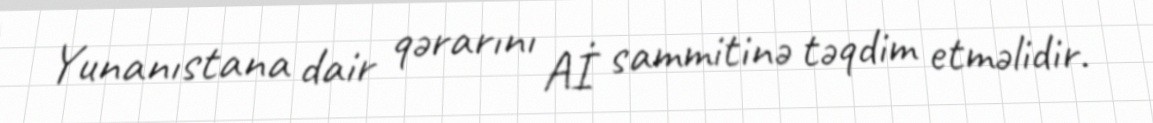
Yunanıstana dair qərarını Aİ sammitinə təqdim etməlidir.